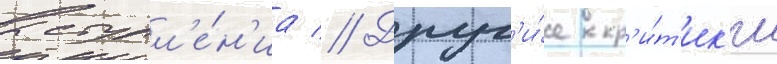
выступл'е́н'иа // Друг'и́е кр'и́т'ик'и